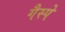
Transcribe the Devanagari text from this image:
गैस्पे